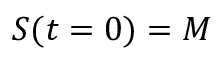
S ( { t = 0 } ) = M